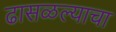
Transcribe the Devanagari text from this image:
ढासळल्याचा